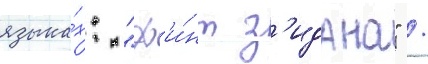
языка́х: "ф'и́нт з'идана" /